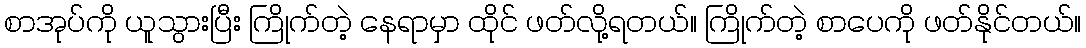
စာအုပ်ကို ယူသွားပြီး ကြိုက်တဲ့ နေရာမှာ ထိုင် ဖတ်လို့ရတယ်။ ကြိုက်တဲ့ စာပေကို ဖတ်နိုင်တယ်။